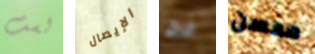
لست الإيصال فرح محسن